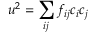
u ^ { 2 } = \sum _ { i j } f _ { i j } c _ { i } c _ { j }